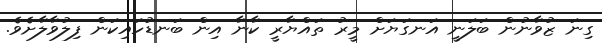
ގިނަ ޒުވާނުން ބަލަނީ އަނގަޔަށް މީރު ތައްޔާރީ ކާނާ އިން ބަނޑުހައިކަން ފިލުވާލާށެވެ.